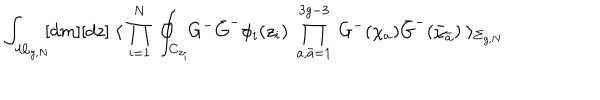
LaTeX: \int _ { { \cal M } _ { g , N } } \! \! [ d m ] [ d z ] \; \langle \; \prod _ { i = 1 } ^ { N } \: \oint _ { C _ { z _ { i } } } \! \! G ^ { - } \bar { G } ^ { - } \phi _ { i } ( z _ { i } ) \; \prod _ { a , { \bar { a } } = 1 } ^ { 3 g - 3 } \: G ^ { - } ( \chi _ { a } ) \bar { G } ^ { - } ( \bar { \chi } _ { \bar { a } } ) \; \rangle _ { \Sigma _ { g , N } } \label 2